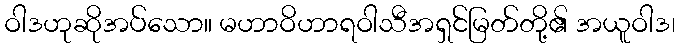
ဝါဒဟုဆိုအပ်သော။ မဟာဝိဟာရဝါသီအရှင်မြတ်တို့၏ အယူဝါဒ၊